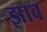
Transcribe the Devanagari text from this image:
झाब